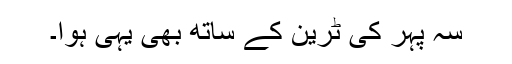
سہ پہر کی ٹرین کے ساتھ بھی یہی ہوا۔